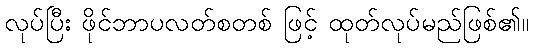
လုပ်ပြီး ဖိုင်ဘာပလတ်စတစ် ဖြင့် ထုတ်လုပ်မည်ဖြစ်၏။